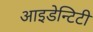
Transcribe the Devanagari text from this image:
आइडेन्टिटी